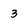
Character: 3